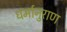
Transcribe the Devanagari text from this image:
धर्मानुराण